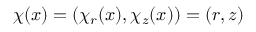
\boldsymbol { \chi } ( x ) = ( \chi _ { r } ( x ) , \chi _ { z } ( x ) ) = ( r , z )